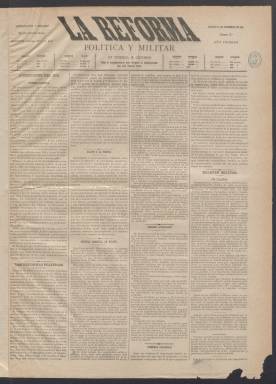
Título: La Reforma política y militar
Otros títulos: La Reforma || La Reforma (Madrid. 1883)
Colección: Periódicos
Ámbito geográfico: Madrid
Lugar de publicación: Madrid
Fechas: 11/12/1883-18/01/1884